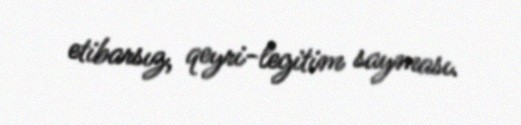
etibarsız, qeyri-legitim sayması.